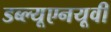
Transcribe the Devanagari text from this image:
डब्ल्यूएनयूवी